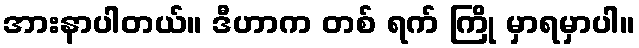
အားနာပါတယ်။ ဒီဟာက တစ် ရက် ကြို မှာရမှာပါ။